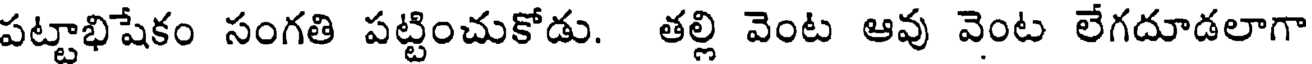
పట్టాభిషేకం సంగతి పట్టించుకోడు. తల్లి వెంట ఆవు వెంట లేగదూడలాగా